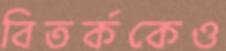
বিতর্ককেও